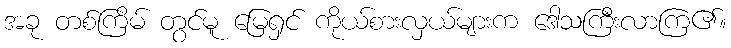
အခု တစ်ကြိမ် တွင်မူ မြေရှင် ကိုယ်စားလှယ်များက ဒေါသကြီးလာကြ၏။